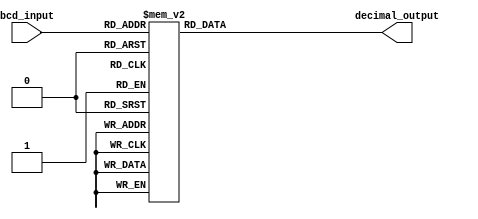
module bcd_decoder(
input [3:0] bcd_input,
output reg [3:0] decimal_output
);

always @(*)
begin
case(bcd_input)
4'b0000: decimal_output = 4'b0000; //0
4'b0001: decimal_output = 4'b0001; //1
4'b0010: decimal_output = 4'b0010; //2
4'b0011: decimal_output = 4'b0011; //3
4'b0100: decimal_output = 4'b0100; //4
4'b0101: decimal_output = 4'b0101; //5
4'b0110: decimal_output = 4'b0110; //6
4'b0111: decimal_output = 4'b0111; //7
4'b1000: decimal_output = 4'b1000; //8
4'b1001: decimal_output = 4'b1001; //9
default: decimal_output = 4'bxxxx; //Invalid input
endcase
end
endmodule